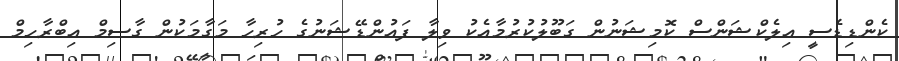
ކެންޑިޑެސީ އިލެކްޝަންސް ކޮމިޝަނުން ގަބޫލުކުރުމާއެކު ވިލާ ފައުންޑޭޝަނުގެ ހުރިހާ މަގާމަކުން ގާސިމް އިބްރާހިމް